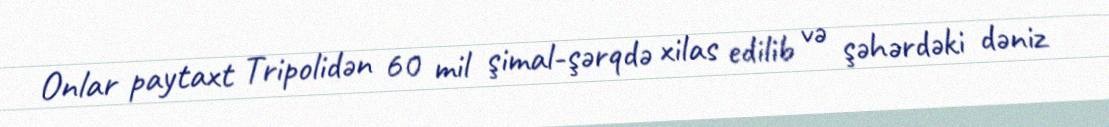
Onlar paytaxt Tripolidən 60 mil şimal-şərqdə xilas edilib və şəhərdəki dəniz